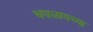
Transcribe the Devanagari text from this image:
चघळायच्या